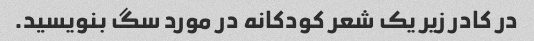
در کادر زیر یک شعر کودکانه در مورد سگ بنویسید.